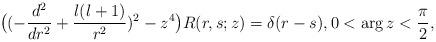
LaTeX: \begin{align*} \bigl((-\frac{d^{2}}{dr^{2}} +\frac{l(l+1)}{r^{2}})^{2} - z^{4}\bigr)R(r,s;z) = \delta(r-s) , 0<\arg z <\frac{\pi}{2} ,\end{align*}